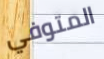
المتوفي